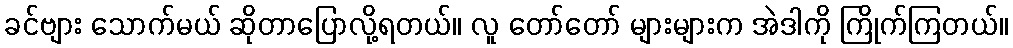
ခင်ဗျား သောက်မယ် ဆိုတာပြောလို့ရတယ်။ လူ တော်တော် များများက အဲဒါကို ကြိုက်ကြတယ်။